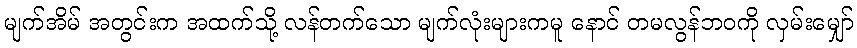
မျက်အိမ် အတွင်းက အထက်သို့ လန်တက်သော မျက်လုံးများကမူ နောင် တမလွန်ဘဝကို လှမ်းမျှော်